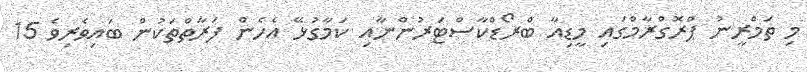
މި ތަމްރީނު ޕްރޮގްރާމްގައި މީޑިއާ ބްރޯޑްކާސްޓަރުންނާއި ކަމާގުޅޭ އެހެން ފަރާތްތަކުން ބައިވެރިވެ 15